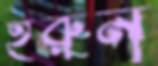
হরুন